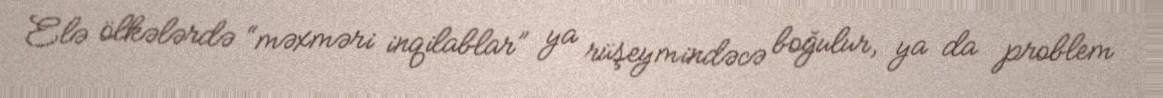
Elə ölkələrdə “məxməri inqilablar” ya rüşeymindəcə boğulur, ya da problem